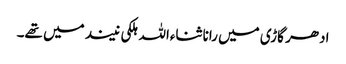
ادھر گاڑی میں رانا ثناءاللہ ہلکی نیند میں تھے۔